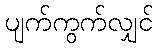
ပျက်ကွက်လျှင်